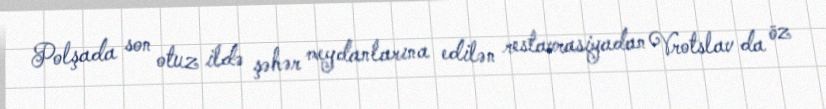
Polşada son otuz ildə şəhər meydanlarına edilən restavrasiyadan Vrotslav da öz